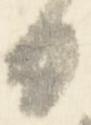
日